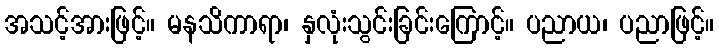
အသင့်အားဖြင့်။ မနသိကာရာ၊ နှလုံးသွင်းခြင်းကြောင့်။ ပညာယ၊ ပညာဖြင့်။